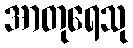
အာတုရေသု